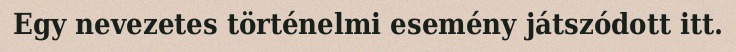
Egy nevezetes történelmi esemény játszódott itt.